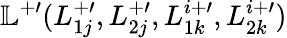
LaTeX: \mathbb{L}^{+\prime}(L_{1j}^{+\prime},L_{2j}^{+\prime},L_{1k}^{i+\prime},L_{2k}^{i+\prime})